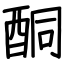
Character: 酮